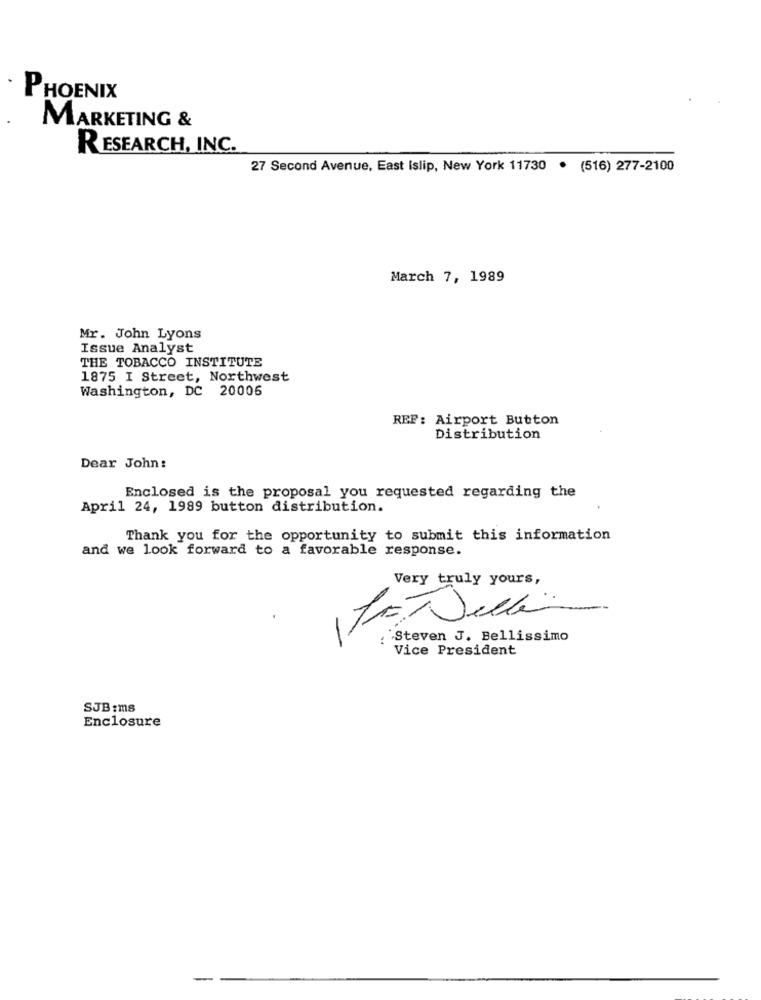
PHOENIX
MARKETING &
RESEARCH, INC.
27 Second Avenue, East Islip, New York 11730 . (516) 277-2100
March 7, 1989
Mr. John Lyons
Issue Analyst
THE TOBACCO INSTITUTE
1875 I Street, Northwest
Washington, DC 20006
REF: Airport Button
Distribution
Dear John :
Enclosed is the proposal you requested regarding the
April 24, 1989 button distribution.
Thank you for the opportunity to submit this information
and we look forward to a favorable response.
Very truly yours,
`Steven J. Bellissimo
Vice President
SJB :ms
Enclosure